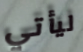
ليأتي